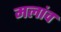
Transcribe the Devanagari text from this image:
मलांव